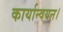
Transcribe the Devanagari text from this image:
कार्यान्‍वयन।